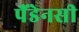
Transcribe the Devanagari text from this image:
पैंडेनसी